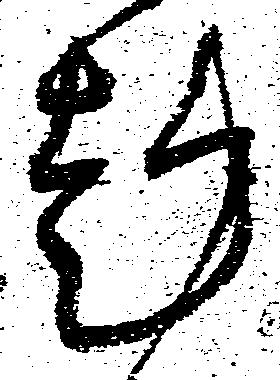
趣